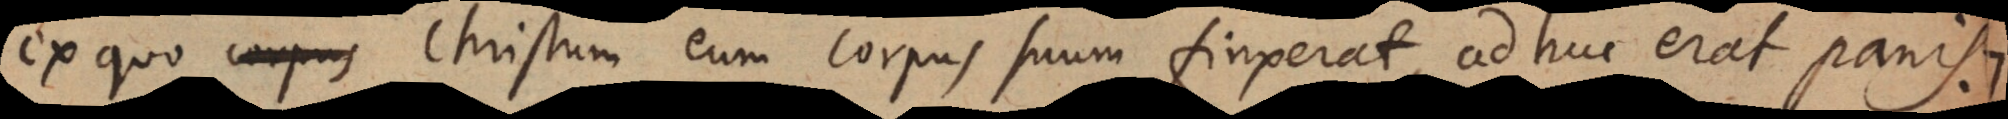
us Christum eum corpus suum finxerat, adhuc erat panis.:)